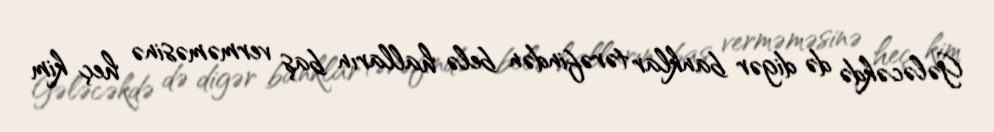
Gələcəkdə də digər banklar tərəfindən belə halların baş verməməsinə heç kim